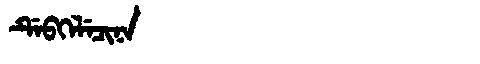
Manchu: ᡩᡝᠪᡴᡝᠯᡝᠴᡳᠨᠠ
Romanization: DEBKELECINA